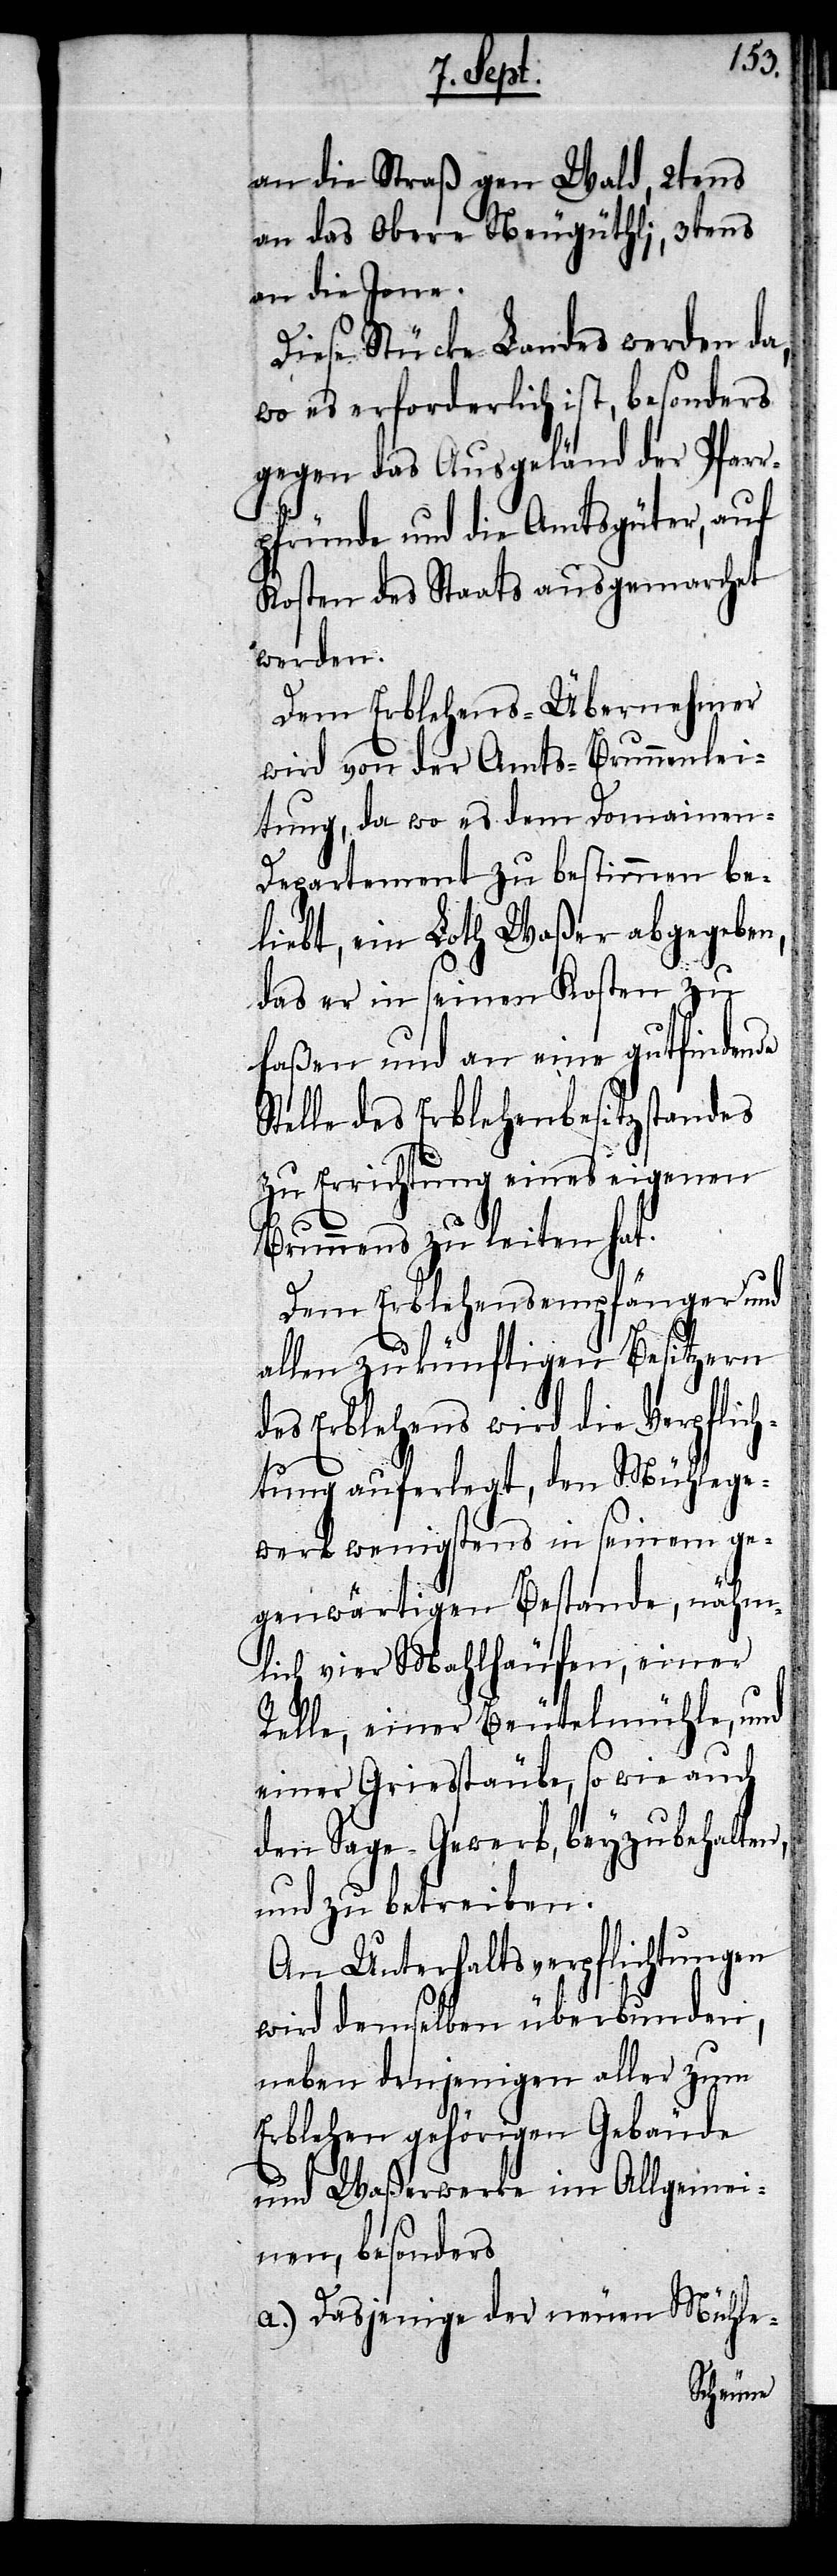
an die Straß gen Wald, 2tens
an das Obere Neugüthlj, 3tens
Diese Stücke Landes werden da,
wo es erforderlich ist, besonders
gegen das Ausgeländ der Pfarr¬
pfründe und die Amtsgüter, auf
Kosten des Staats ausgemarchet
werden.
Dem Erblehens-Übernehmer
wird von der Amts-Brunnenlei¬
tung, da wo es dem Domainen-D¬
epartement zu bestimmen be¬
liebt, ein Loth Waßer abgegeben,
das er in seinen Kosten zu
faßen und an eine gutfindende
Stelle des Erblehenbesitzstandes
zu Errichtung eines eigenen
Brunnens zu leiten hat.
Dem Erblehensempfänger und
allen zukünftigen Besitzern
des Erblehens wird die Verpflich¬
tung auferlegt, den Mühlege¬
werb wenigstens in seinem ge¬
genwärtigen Bestande, nähm¬
lich vier Mahlläufen, einer
Relle, einer Beutelmühle, und
einer Griesstäube, so wie auch
den Sage-Gewerb, beyzubehalten,
und zu betreiben.
An Unterhaltsverpflichtungen
wird demselben überbunden,
neben denjenigen aller zum
Erblehen gehörigen Gebäude
und Waßerwerke im Allgemei¬
nen, besonders
a.) Dasjenige der neuen Mühle-